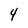
Character: 4